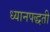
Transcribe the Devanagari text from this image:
ध्यानपद्धती